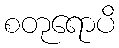
စတုရောပိ